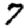
Digit: 7